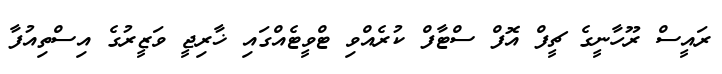
ރައީސް ރޫހާނީގެ ޗީފް އޮފް ސްޓާފް ކުރެއްވި ޓްވީޓެއްގައި ޚާރިޖީ ވަޒީރުގެ އިސްތިއުފާ